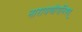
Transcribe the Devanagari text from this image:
नारायणोपनिषद्